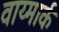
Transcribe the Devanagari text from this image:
वाय्मार्क